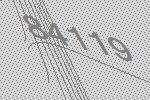
84119